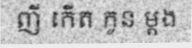
ញី កើត កូន ម្តង